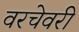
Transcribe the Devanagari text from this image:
वरचेवरी